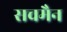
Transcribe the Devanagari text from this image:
सचमैन